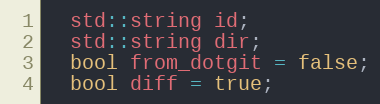
Language: C
  std::string id;
  std::string dir;
  bool from_dotgit = false;
  bool diff = true;